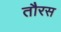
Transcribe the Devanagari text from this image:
तौरस